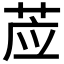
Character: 𰱊